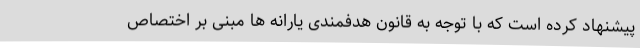
پیشنهاد کرده است که با توجه به قانون هدفمندی یارانه ها مبنی بر اختصاص